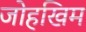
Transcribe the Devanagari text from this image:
जोहखिम